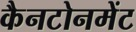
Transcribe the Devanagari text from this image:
कैनटोनमेंट